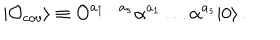
| { \cal O } _ { c o v } \rangle \equiv { \cal O } ^ { a _ { 1 } \ldots a _ { s } } \alpha ^ { a _ { 1 } } \ldots \alpha ^ { a _ { s } } | 0 \rangle \, .